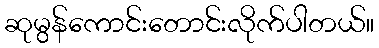
ဆုမွန်ကောင်းတောင်းလိုက်ပါတယ်။